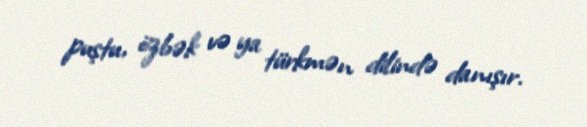
puştu, özbək və ya türkmən dilində danışır.